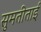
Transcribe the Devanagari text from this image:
सुमतीताई